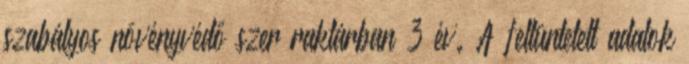
szabályos növényvédő szer raktárban 3 év. A feltüntetett adatok